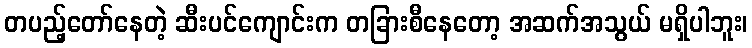
တပည့်တော်နေတဲ့ ဆီးပင်ကျောင်းက တခြားစီနေတော့ အဆက်အသွယ် မရှိပါဘူး၊